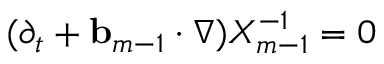
( \partial _ { t } + \ensuremath { \mathbf { b } } _ { m - 1 } \cdot \nabla ) X _ { m - 1 } ^ { - 1 } = 0